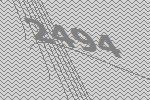
2494